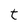
Character: t